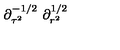
\partial _ { \tau ^ { 2 } } ^ { - 1 / 2 } \ \partial _ { r ^ { 2 } } ^ { 1 / 2 }